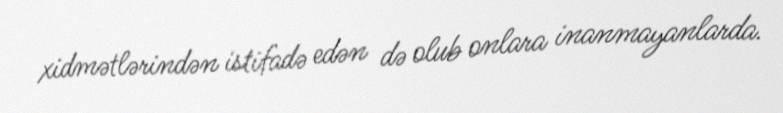
xidmətlərindən istifadə edən də olub onlara inanmayanlarda.